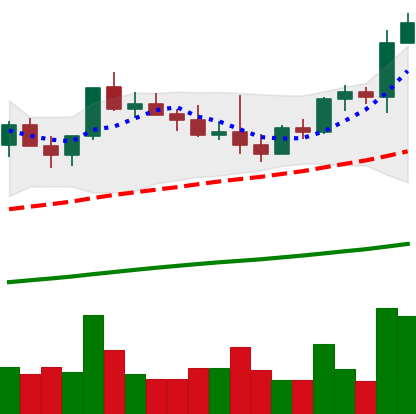
Ticker: NEO-USD
Chart end date: 2021-04-01
Forward return: 19.246%
Label: up_7plus